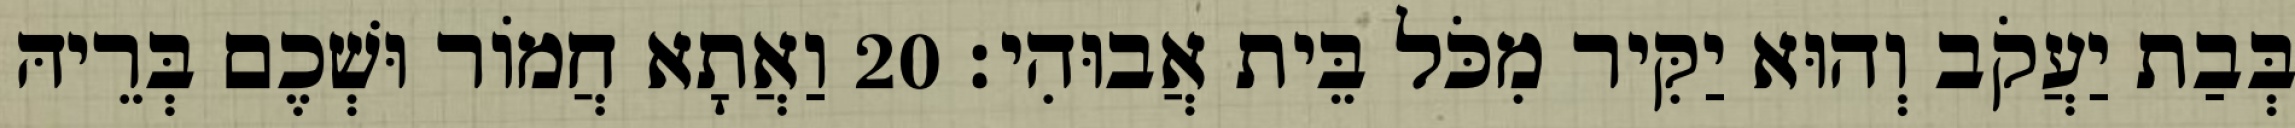
בְּבַת יַעֲקֹב וְהוּא יַקִּיר מִכֹּל בֵּית אֲבוּהִי׃ 20 וַאֲתָא חֲמוֹר וּשְׁכֶם בְּרֵיהּ